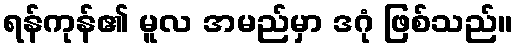
ရန်ကုန်၏ မူလ အမည်မှာ ဒဂုံ ဖြစ်သည်။